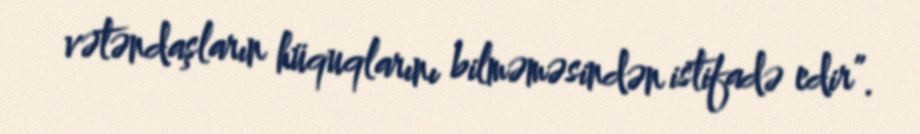
vətəndaşların hüquqlarını bilməməsindən istifadə edir”.